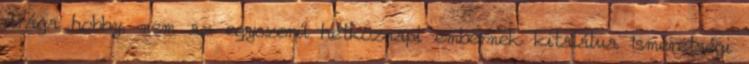
drága hobby, nem az egyszerű hétköznapi embernek kitalálva Ismeretségi